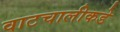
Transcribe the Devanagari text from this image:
वाटचालीकडे